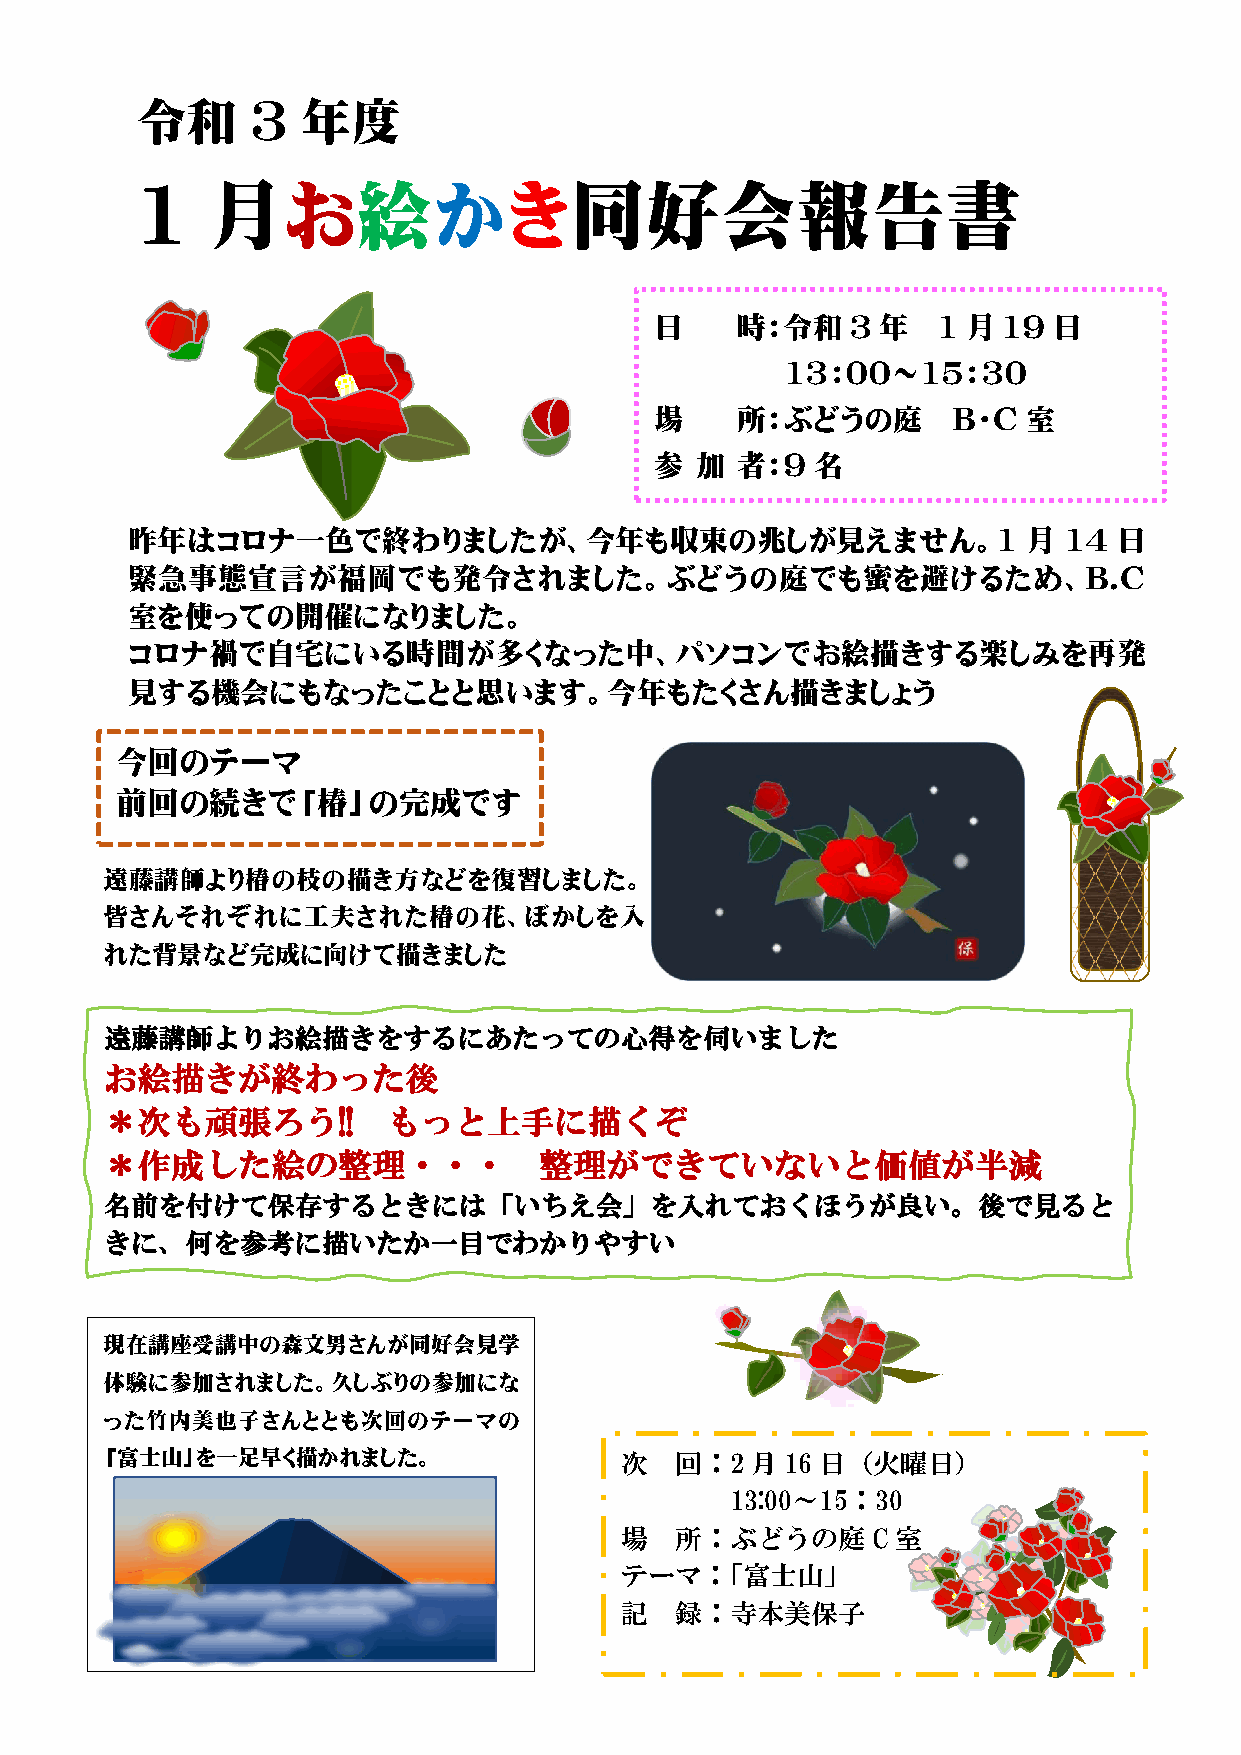
令和     3   年度
 1    月お絵かき同好会報告書
 日     時：令和   3 年   1 月 19  日
 13：00～15：30
 場     所：ぶどうの庭       B・C  室
 参  加  者：9  名
 昨年はコロナ一色で終わりましたが、今年も収束の兆しが見えません。1                           月 14  日
 緊急事態宣言が福岡でも発令されました。ぶどうの庭でも蜜を避けるため、B.C
 室を使っての開催になりました。
 コロナ禍で自宅にいる時間が多くなった中、パソコンでお絵描きする楽しみを再発
 見する機会にもなったことと思います。今年もたくさん描きましょう
 今回のテーマ
 前回の続きで「椿」の完成です
 遠藤講師より椿の枝の描き方などを復習しました。
 皆さんそれぞれに工夫された椿の花、ぼかしを入
 れた背景など完成に向けて描きました
 遠藤講師よりお絵描きをするにあたっての心得を伺いました
 お絵描きが終わった後
 ＊次も頑張ろう!!          もっと上手に描くぞ
 ＊作成した絵の整理・・・                 整理ができていないと価値が半減
 名前を付けて保存するときには「いちえ会」を入れておくほうが良い。後で見ると
 きに、何を参考に描いたか一目でわかりやすい
 現在講座受講中の森文男さんが同好会見学
 体験に参加されました。久しぶりの参加にな
 った竹内美也子さんととも次回のテーマの
 「富士山」を一足早く描かれました。                 次   回：2  月 16 日（火曜日）
 13:00～15：30
 場   所：ぶどうの庭      C 室
 テーマ：「富士山」
 記   録：寺本美保子